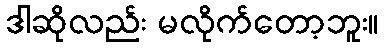
ဒါဆိုလည်း မလိုက်တော့ဘူး။